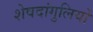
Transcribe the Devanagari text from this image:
शेषदांगुलियों